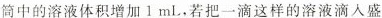
筒中的溶液体积增加l mL，若把一滴这样的溶液滴入盛